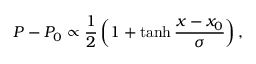
P - P _ { 0 } \propto \frac { 1 } { 2 } \left( 1 + \operatorname { t a n h } \frac { x - x _ { 0 } } { \sigma } \right) ,